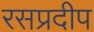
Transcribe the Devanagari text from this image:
रसप्रदीप